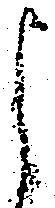
よ